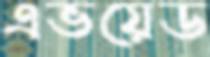
এভয়েড